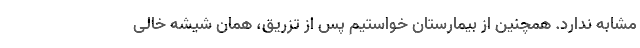
مشابه ندارد. همچنین از بیمارستان خواستیم پس از تزریق، همان شیشه خالی